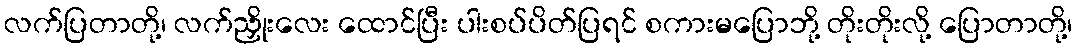
လက်ပြတာတို့၊ လက်ညှိုးလေး ထောင်ပြီး ပါးစပ်ပိတ်ပြရင် စကားမပြောဘို့ တိုးတိုးလို့ ပြောတာတို့၊